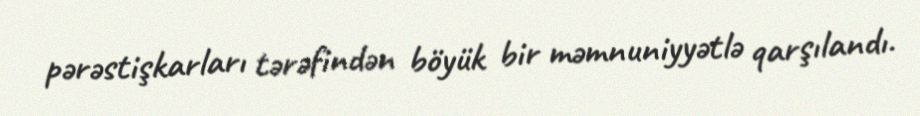
pərəstişkarları tərəfindən böyük bir məmnuniyyətlə qarşılandı.